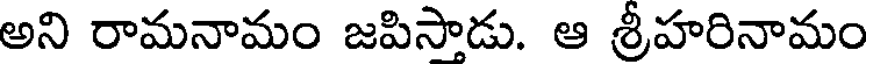
అని రామనామం జపిసాడు. ఆ శ్రీహరినామం